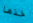
خذها